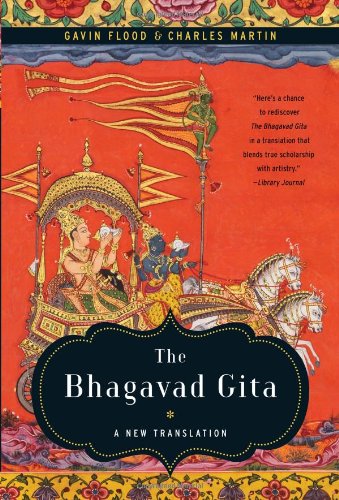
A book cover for The Bhagavad Gita: A New Translation; Religion & Spirituality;